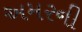
અમરની